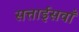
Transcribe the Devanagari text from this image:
सत्ताईसवाँ